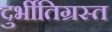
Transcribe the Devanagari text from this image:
दुर्भीतिग्रस्त